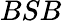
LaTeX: BSB